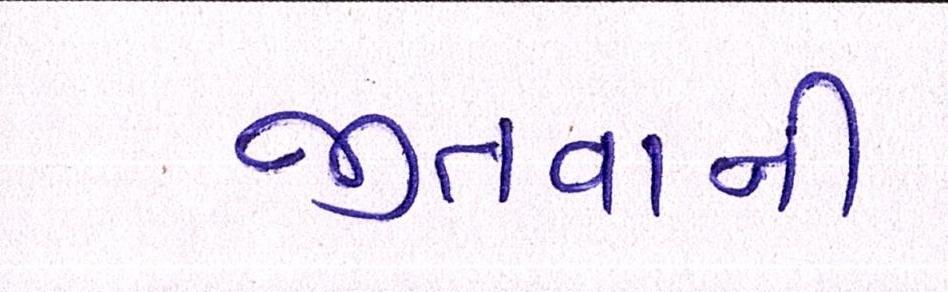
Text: જીતવાની